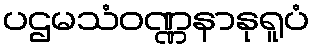
ပဌမသံဝဏ္ဏနာနုရူပံ